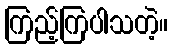
ကြည့်ကြပါသတဲ့။